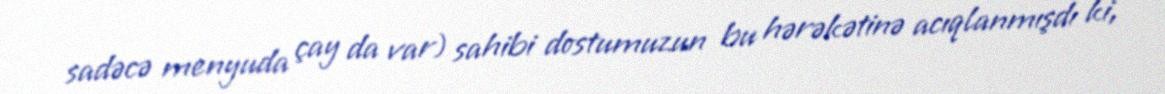
sadəcə menyuda çay da var) sahibi dostumuzun bu hərəkətinə acıqlanmışdı ki,